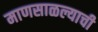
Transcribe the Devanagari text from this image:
माणसाळल्याची